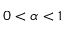
0 < \alpha < 1